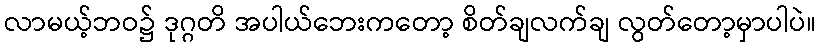
လာမယ့်ဘဝ၌ ဒုဂ္ဂတိ အပါယ်ဘေးကတော့ စိတ်ချလက်ချ လွတ်တော့မှာပါပဲ။